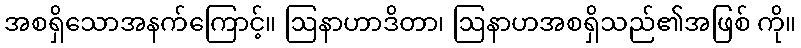
အစရှိသောအနက်ကြောင့်။ ဩနာဟာဒိတာ၊ ဩနာဟအစရှိသည်၏အဖြစ် ကို။